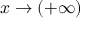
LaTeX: x \to ( + \infty )